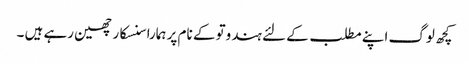
کچھ لوگ اپنے مطلب کے لئے ہندوتو کے نام پر ہمارا سنسکار چھین رہے ہیں ۔